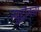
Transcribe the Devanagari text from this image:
न्युट्रॉनचा